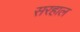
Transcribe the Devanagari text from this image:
सरहाल